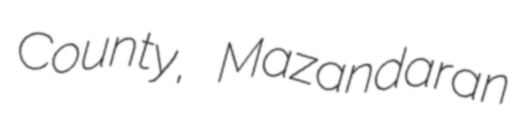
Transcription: County, Mazandaran